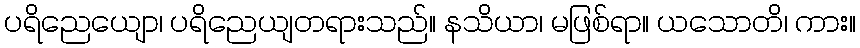
ပရိညေယျော၊ ပရိညေယျတရားသည်။ နသိယာ၊ မဖြစ်ရာ။ ယသောတိ၊ ကား။